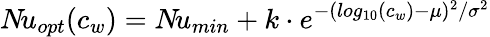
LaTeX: N\! u_{opt}(c_{w})=N\! u_{min}+k\cdot e^{-(log_{10}(c_{w})-\mu)^{2}/\sigma^{2}}